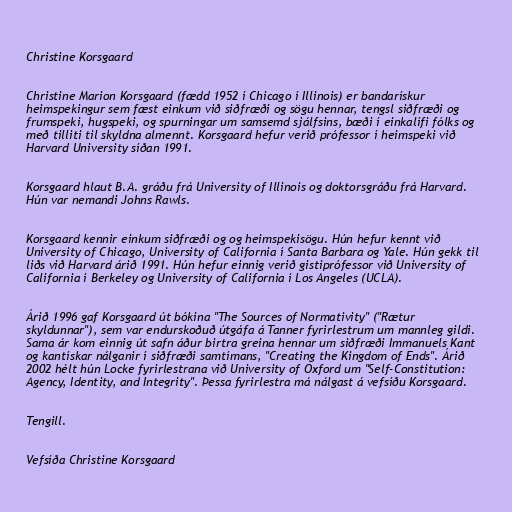
Christine Korsgaard

Christine Marion Korsgaard (fædd 1952 í Chicago í Illinois) er bandarískur
heimspekingur sem fæst einkum við siðfræði og sögu hennar, tengsl siðfræði og
frumspeki, hugspeki, og spurningar um samsemd sjálfsins, bæði í einkalífi fólks og
með tilliti til skyldna almennt. Korsgaard hefur verið prófessor í heimspeki við
Harvard University síðan 1991.

Korsgaard hlaut B.A. gráðu frá University of Illinois og doktorsgráðu frá Harvard.
Hún var nemandi Johns Rawls.

Korsgaard kennir einkum siðfræði og og heimspekisögu. Hún hefur kennt við
University of Chicago, University of California í Santa Barbara og Yale. Hún gekk til
liðs við Harvard árið 1991. Hún hefur einnig verið gistiprófessor við University of
California í Berkeley og University of California í Los Angeles (UCLA).

Árið 1996 gaf Korsgaard út bókina "The Sources of Normativity" ("Rætur
skyldunnar"), sem var endurskoðuð útgáfa á Tanner fyrirlestrum um mannleg gildi.
Sama ár kom einnig út safn áður birtra greina hennar um siðfræði Immanuels Kant
og kantískar nálganir í siðfræði samtímans, "Creating the Kingdom of Ends". Árið
2002 hélt hún Locke fyrirlestrana við University of Oxford um "Self-Constitution:
Agency, Identity, and Integrity". Þessa fyrirlestra má nálgast á vefsíðu Korsgaard.

Tengill.

Vefsíða Christine Korsgaard